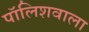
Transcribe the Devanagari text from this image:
पॉलिशवाला